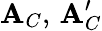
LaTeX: {\mathbf A}_{C},\, {\mathbf A}_{C}^{\prime}